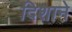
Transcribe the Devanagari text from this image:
दिशाने